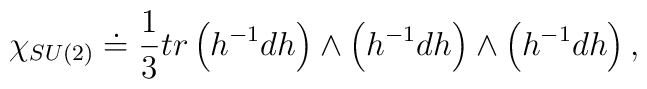
\chi _{SU(2)}\doteq \frac{1}{3}tr\left( h^{-1}dh\right) \wedge \left(h^{-1}dh\right) \wedge \left( h^{-1}dh\right),